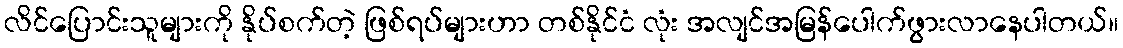
လိင်ပြောင်းသူများကို နိုပ်စက်တဲ့ ဖြစ်ရပ်များဟာ တစ်နိုင်ငံ လုံး အလျင်အမြန်ပေါက်ဖွားလာနေပါတယ်။